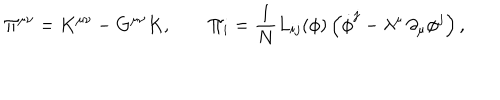
LaTeX: \Pi ^ { \mu \nu } = K ^ { \mu \nu } - G ^ { \mu \nu } K , \qquad \Pi _ { i } = { \frac { 1 } { N } } L _ { i j } ( \phi ) \left( \dot { \phi } ^ { j } - \lambda ^ { \mu } \, \partial _ { \mu } \phi ^ { j } \right) ,